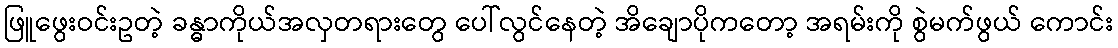
ဖြူဖွေးဝင်းဥတဲ့ ခန္ဓာကိုယ်အလှတရားတွေ ပေါ်လွင်နေတဲ့ အိချောပိုကတော့ အရမ်းကို စွဲမက်ဖွယ် ကောင်း